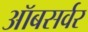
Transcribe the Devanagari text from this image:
ऑबसर्वर